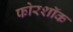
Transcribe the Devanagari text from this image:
फोरशॉक